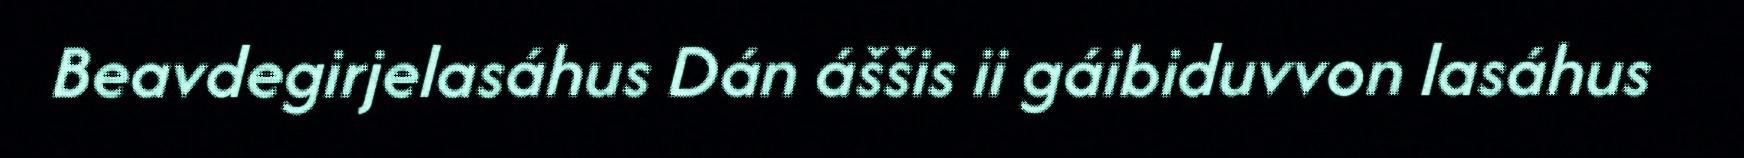
Beavdegirjelasáhus Dán áššis ii gáibiduvvon lasáhus